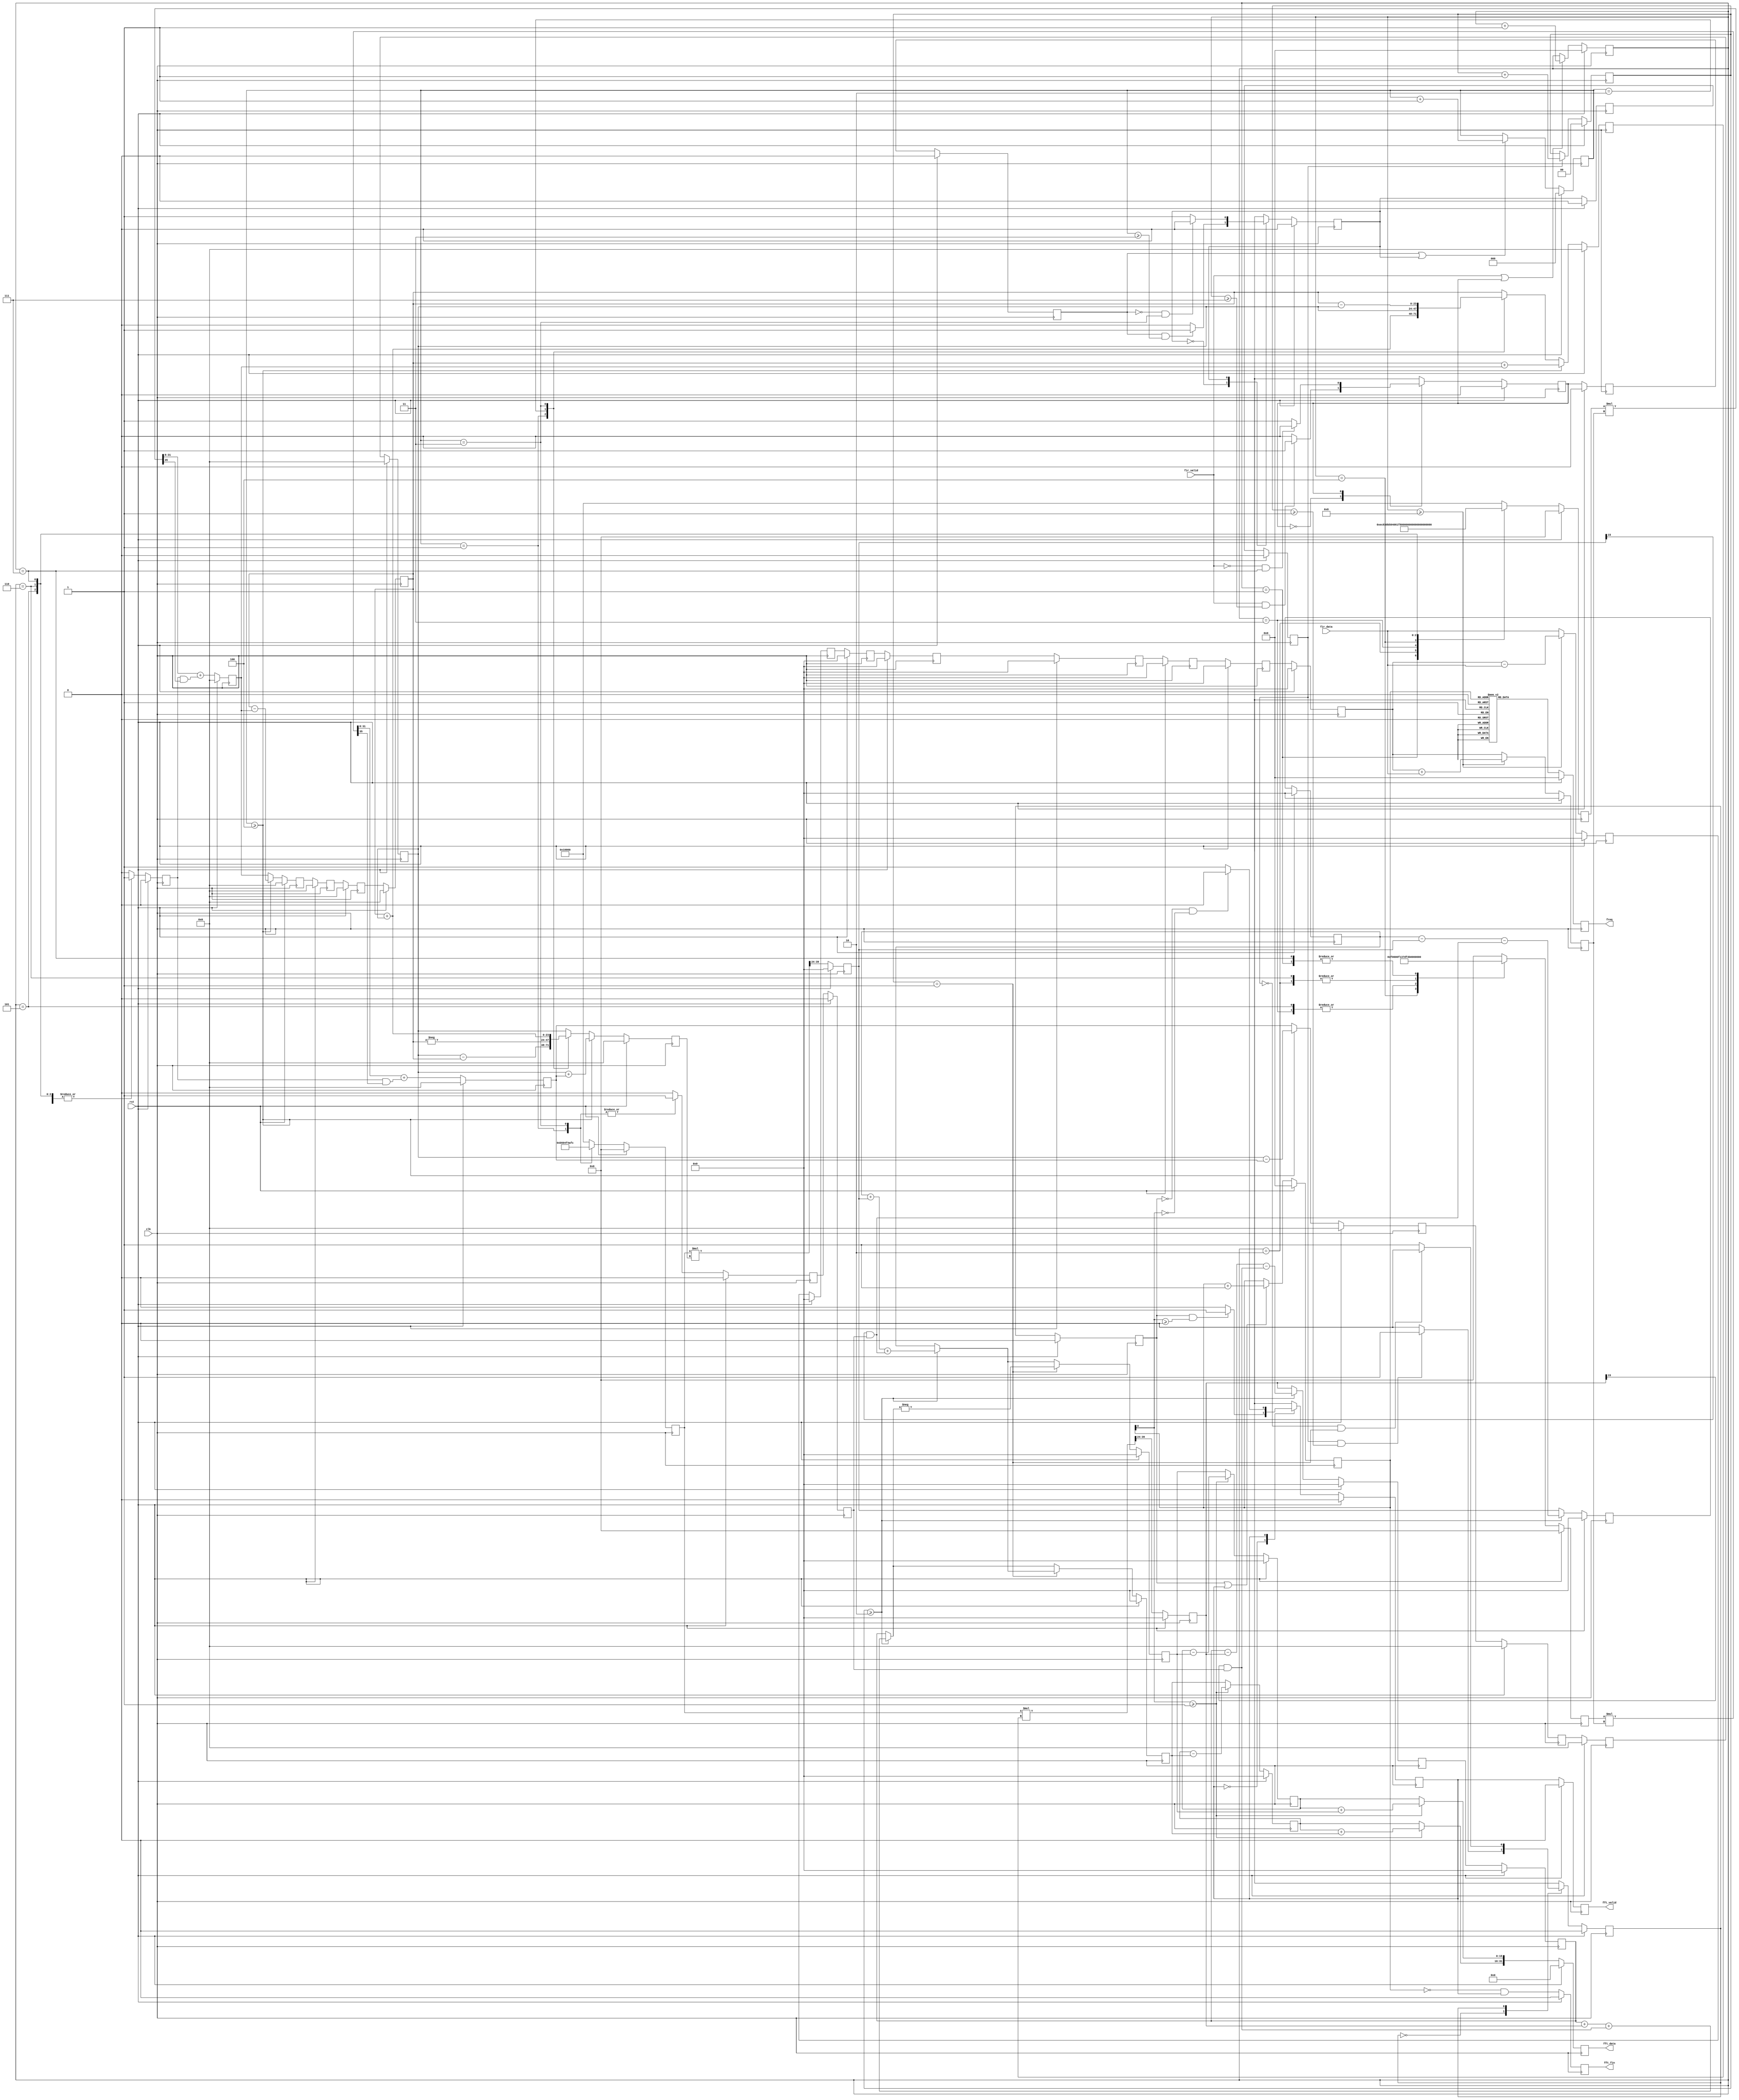
module fft(clk,rst,fir_data,fir_valid,fft_data,fft_valid,freq,fft_fin);
input clk;
input rst;
input fir_valid;
input [15:0] fir_data;
output reg fft_valid,fft_fin;
output reg [31:0] fft_data;
output reg [3:0] freq;
integer i;
//const define
parameter signed w0_r = 20'h10000, w0_i = 20'h00000;
parameter signed w1_r = 20'h0EC83, w1_i = 20'hF9E09;
parameter signed w2_r = 20'h0B504, w2_i = 20'hF4AFC;
parameter signed w3_r = 20'h061F7, w3_i = 20'hF137D;
parameter signed w4_r = 20'h00000, w4_i = 20'hF0000;
parameter signed w5_r = 20'hF9E09, w5_i = 20'hF137D;
parameter signed w6_r = 20'hF4AFC, w6_i = 20'hF4AFC;
parameter signed w7_r = 20'hF137D, w7_i = 20'hF9E09;
//
reg [ 3:0] count_st1;
reg      fft1_state;
reg      fft1_state_n;
reg [ 2:0] count_st2;
reg      fft2_state;
reg      fft2_state_n;
reg [ 1:0] count_st3;
reg      fft3_state;
reg      fft3_state_n;
reg [ 3:0]  count_st4;
reg      fft4_state;
reg      fft4_state_n;
reg [15:0] fft_fifo1 [7:0];
reg [23:0] fft_fifo2_r [3:0];
reg [23:0] fft_fifo2_i [3:0];
reg [15:0] fft_fifo3_r [1:0];
reg [15:0] fft_fifo3_i [1:0];
reg [15:0] fft_fifo4_r ;
reg [15:0] fft_fifo4_i ;
//coeff reg
reg signed [19:0] fft_st1_coeff_r_r;
reg signed [19:0] fft_st1_coeff_i_r;
reg rounds1_r;
reg rounds1;
reg signed [19:0] fft_st2_coeff_r_r;
//reg signed [19:0] fft_st2_coeff_i_r;
reg rounds2_r2;
reg rounds2_r;
reg rounds2;
//stagr reg
reg signed [15:0] fft_st1_out_r;
reg               fft_st1_sel_r;
reg signed [19:0] fft_st1_coeff_r;
reg signed [19:0] fft_st1_coeff_i;
reg signed [23:0] fft_st1_mr_r;
reg signed [23:0] fft_st1_mi_r;
reg               fft_st1_sel_r2;
reg               fft_st2_en_r;
reg               fft_st2_en_r2;
reg signed [19:0] fft_st2_coeff_r;
reg signed [19:0] fft_st2_coeff_i;
reg signed [23:0] fft_st2_outr_r;
reg signed [23:0] fft_st2_outi_r;
reg signed [15:0] fft_st2_mr_r;
reg signed [15:0] fft_st2_mi_r;
reg               fft_st3_en_r;
reg               fft_st3_en_r2;
reg signed [15:0] fft_st3_outr_r;
reg signed [15:0] fft_st3_outi_r;
reg               fft_st4_en_r;
reg signed [15:0] fft_st4_outr_r;
reg signed [15:0] fft_st4_outi_r;
//
wire       fft_st1_sel = (count_st1>=4'd8);
wire[15:0] fft_fifo1_out = fft_fifo1[7]; 
wire[15:0] fft_st1_add = fft_fifo1_out+fir_data;  
wire[15:0] fft_st1_sub = fft_fifo1_out-fir_data;  
wire[15:0] fft_fifo1_in = (fft_st1_sel==1'b0)?fir_data:fft_st1_sub; 
wire[15:0] fft_st1_out  = (fft_st1_sel==1'b0)?fft_fifo1_out:fft_st1_add; 
wire signed [35:0] fft_st1_mr = fft_st1_coeff_r_r* fft_st1_out_r;
wire signed [35:0] fft_st1_mi = fft_st1_coeff_i_r* fft_st1_out_r;
////
wire       fft_st2_sel = (count_st2>=4'd4);
wire[23:0] fft_fifo2_r_out = fft_fifo2_r[3];
wire[23:0] fft_fifo2_i_out = fft_fifo2_i[3];
wire[23:0] fft_st2_r_add = fft_fifo2_r_out+fft_st1_mr_r;  
wire[23:0] fft_st2_i_add = fft_fifo2_i_out+fft_st1_mi_r;
wire[23:0] fft_st2_r_sub = fft_fifo2_r_out-fft_st1_mr_r; 
wire[23:0] fft_st2_i_sub = fft_fifo2_i_out-fft_st1_mi_r; 
wire[23:0] fft_fifo2_r_in = (fft_st2_sel==1'b0)?fft_st1_mr_r:fft_st2_r_sub;
wire[23:0] fft_fifo2_i_in = (fft_st2_sel==1'b0)?fft_st1_mi_r:fft_st2_i_sub;
reg [23:0] fft_fifo2_add ;
reg [23:0] fft_fifo2_sub ;
wire[23:0] fft_st2_r_out  = (fft_st2_sel==1'b0)?fft_fifo2_add:fft_st2_r_add;
wire[23:0] fft_st2_i_out  = (fft_st2_sel==1'b0)?fft_fifo2_sub:fft_st2_i_add;
wire signed [43:0] fft_st2_mr = fft_st2_coeff_r_r* fft_st2_outr_r;
wire signed [43:0] fft_st2_mi = fft_st2_coeff_r_r* fft_st2_outi_r;
////
wire       fft_st3_sel = (count_st3>=4'd2);
wire[15:0] fft_fifo3_r_out = fft_fifo3_r[1];
wire[15:0] fft_fifo3_i_out = fft_fifo3_i[1];
wire       rounds2r_r3 =fft_st2_mr_r[15]&rounds2_r2;
wire       rounds2i_r3 =fft_st2_mi_r[15]&rounds2_r2;
wire[15:0] fft_st3_r_add = fft_fifo3_r_out+fft_st2_mr_r+rounds2r_r3;  
wire[15:0] fft_st3_i_add = fft_fifo3_i_out+fft_st2_mi_r+rounds2i_r3;
wire[15:0] fft_st3_r_sub = fft_fifo3_r_out-fft_st2_mr_r-rounds2r_r3; 
wire[15:0] fft_st3_i_sub = fft_fifo3_i_out-fft_st2_mi_r-rounds2i_r3; 
wire[15:0] fft_fifo3_r_in = (fft_st3_sel==1'b0)?fft_st2_mr_r:fft_st3_r_sub;
wire[15:0] fft_fifo3_i_in = (fft_st3_sel==1'b0)?fft_st2_mi_r:fft_st3_i_sub;
wire[15:0] fft_st3_r_out  = (fft_st3_sel==1'b0)?fft_fifo3_r_out:fft_st3_r_add;
wire[15:0] fft_st3_i_out  = (fft_st3_sel==1'b0)?fft_fifo3_i_out:fft_st3_i_add;
wire[15:0] fft_st3_r_out2 = (count_st3==2'd1)? fft_st3_i_out:fft_st3_r_out;
wire[15:0] fft_st3_i_out2 = (count_st3==2'd1)? -fft_st3_r_out:fft_st3_i_out;
//
wire       fft_st4_sel = (count_st4[0]>=1'd1);
wire[15:0] fft_fifo4_r_out = fft_fifo4_r;
wire[15:0] fft_fifo4_i_out = fft_fifo4_i;
wire[15:0] fft_st4_r_add = fft_fifo4_r_out+fft_st3_outr_r;  
wire[15:0] fft_st4_i_add = fft_fifo4_i_out+fft_st3_outi_r;
wire[15:0] fft_st4_r_sub = fft_fifo4_r_out-fft_st3_outr_r; 
wire[15:0] fft_st4_i_sub = fft_fifo4_i_out-fft_st3_outi_r; 
wire[15:0] fft_fifo4_r_in = (fft_st4_sel==1'b0)?fft_st3_outr_r:fft_st4_r_sub;
wire[15:0] fft_fifo4_i_in = (fft_st4_sel==1'b0)?fft_st3_outi_r:fft_st4_i_sub;
wire[15:0] fft_st4_r_out  = (fft_st4_sel==1'b0)?fft_fifo4_r_out:fft_st4_r_add;
wire[15:0] fft_st4_i_out  = (fft_st4_sel==1'b0)?fft_fifo4_i_out:fft_st4_i_add;
//output
reg [3:0] freq_o;
always@(posedge clk)
  if(rst)begin
    fft_data <=0;
    fft_valid<=0;
    freq<=0;
    fft_fin<=0;
  end
  else begin
   fft_data <= {fft_st4_r_out,fft_st4_i_out};
   fft_valid<= fft4_state;
   freq     <= freq_o;
   fft_fin  <= (count_st4==4'd0&fft4_state);
  end 
always@(*)
  case(count_st4)
  4'd1: freq_o = 4'd0;
  4'd2: freq_o = 4'd8;
  4'd3: freq_o = 4'd4;
  4'd4: freq_o = 4'd12;
  4'd5: freq_o = 4'd2;
  4'd6: freq_o = 4'd10;
  4'd7: freq_o = 4'd6;
  4'd8: freq_o = 4'd14;
  4'd9: freq_o = 4'd1;
  4'd10: freq_o = 4'd9;
  4'd11: freq_o = 4'd5;
  4'd12: freq_o = 4'd13;
  4'd13: freq_o = 4'd3;
  4'd14: freq_o = 4'd11;
  4'd15: freq_o = 4'd7;
  4'd0: freq_o = 4'd15;
  endcase
//FFT stage4
always@(*)
  case(fft4_state)
  1'b0: if(fft_st4_en_r==1'b1 & count_st4[0]>=1'd0) fft4_state_n=1'b1; else fft4_state_n=1'b0;
  1'b1: if(fft_st4_en_r==1'b0 & count_st4[0]==1'd0) fft4_state_n=1'b0; else fft4_state_n=1'b1;
  endcase
always@(posedge clk)
  if(rst) fft4_state <=  0;
  else    fft4_state <=  fft4_state_n;
//counter
always@(posedge clk)
  if(rst)                count_st4 <=0;
  else if(fft_st4_en_r||fft4_state) count_st4 <= count_st4+4'd1;
// shift reg 
always@(posedge clk)
  if(rst) begin
    fft_fifo4_r<=0;
    fft_fifo4_i<=0;
  end
  else begin 
    fft_fifo4_r<=fft_fifo4_r_in;
    fft_fifo4_i<=fft_fifo4_i_in;
  end

//FFT stage3
always@(*)
  case(fft3_state)
  1'b0: if(fft_st3_en_r2==1'b1 & count_st3>=4'd1) fft3_state_n=1'b1; else fft3_state_n=1'b0;
  1'b1: if(fft_st3_en_r2==1'b0 & count_st3==4'd1) fft3_state_n=1'b0; else fft3_state_n=1'b1;
  endcase
always@(posedge clk)
  if(rst) fft3_state <=  0;
  else    fft3_state <=  fft3_state_n;
//counter
always@(posedge clk)begin 
  if(rst) begin
    count_st3 <=0;
  end
  else if(fft_st3_en_r2) begin 
    count_st3 <= count_st3+2'd1;
  end 
end
// shift reg 
always@(posedge clk)begin 
  if(rst) begin
     for(i=0;i<=1;i=i+1)begin
       fft_fifo3_r[i]<=0;
       fft_fifo3_i[i]<=0;
     end
  end
  else begin 
    fft_fifo3_r[0]<=fft_fifo3_r_in;
    fft_fifo3_i[0]<=fft_fifo3_i_in;
    for(i=1;i<=1;i=i+1)begin
      fft_fifo3_r[i]<=fft_fifo3_r[i-1]; 
      fft_fifo3_i[i]<=fft_fifo3_i[i-1];
    end
  end 
end

always@(posedge clk)begin 
  if(rst) begin
   fft_st3_outr_r<=0;
   fft_st3_outi_r<=0;
    fft_st4_en_r  <=0;
   // fft_st4_en_r2 <=0;    
  end
  else begin 
   fft_st3_outr_r<=fft_st3_r_out2;
   fft_st3_outi_r<=fft_st3_i_out2;
    fft_st4_en_r  <=fft3_state;
    //fft_st4_en_r2 <=fft_st4_en_r;
 end 
end

//FFtstage2
always@(posedge clk)begin
  if(rst)begin
    fft_st2_coeff_r_r<=0;
//    fft_st2_coeff_i_r<=0;
    rounds2_r<=0;
  end
  else begin
    fft_st2_coeff_r_r<= fft_st2_coeff_r;
//    fft_st2_coeff_i_r<= fft_st2_coeff_i;
    rounds2_r<=rounds2;
  end
end
//
always@(*)
  case(fft2_state)
  1'b0: if(fft_st2_en_r2==1'b1 & count_st2>=4'd3) fft2_state_n=1'b1; else fft2_state_n=1'b0;
  1'b1: if(fft_st2_en_r2==1'b0 & count_st2==4'd3) fft2_state_n=1'b0; else fft2_state_n=1'b1;
  endcase

always@(posedge clk)
  if(rst) fft2_state <=  0;
  else    fft2_state <=  fft2_state_n;
////counter
always@(posedge clk)begin 
  if(rst) begin
    count_st2 <=0;
  end
  else if(fft_st2_en_r2||fft2_state) begin 
    count_st2 <= count_st2+3'd1;
  end 
end
// shift reg 
always@(posedge clk)begin 
  if(rst) begin
     for(i=0;i<=3;i=i+1)begin
       fft_fifo2_r[i]<=0;
       fft_fifo2_i[i]<=0;
     end
  end
  else begin 
    fft_fifo2_r[0]<=fft_fifo2_r_in;
    fft_fifo2_i[0]<=fft_fifo2_i_in;
    for(i=1;i<=3;i=i+1)begin
      fft_fifo2_r[i]<=fft_fifo2_r[i-1]; 
      fft_fifo2_i[i]<=fft_fifo2_i[i-1];
    end
  end 
end
always@(posedge clk)begin 
  if(rst) begin
   fft_st2_outr_r<=0;
   fft_st2_outi_r<=0;
    fft_st2_mr_r  <= 0;
    fft_st2_mi_r  <= 0;
    fft_st3_en_r  <=0;
    fft_st3_en_r2 <=0;
    rounds2_r2    <=0;    
  end
  else begin 
   fft_st2_outr_r<=fft_st2_r_out;
   fft_st2_outi_r<=fft_st2_i_out;
    fft_st2_mr_r  <= fft_st2_mr[39:24];
    fft_st2_mi_r  <= fft_st2_mi[39:24];
    fft_st3_en_r  <=fft2_state;
    fft_st3_en_r2 <=fft_st3_en_r;
    rounds2_r2    <=rounds2_r;
 end 
end

always@(*)begin
  rounds2 =1'b0;	
  case(count_st2)
  3'd1: begin fft_st2_coeff_r = w2_r;   rounds2 =1'b1; fft_fifo2_add = fft_fifo2_r_out+fft_fifo2_i_out;  fft_fifo2_sub = fft_fifo2_i_out-fft_fifo2_r_out; end
  3'd2: begin fft_st2_coeff_r = w0_r;   fft_fifo2_add = fft_fifo2_i_out;  fft_fifo2_sub = -fft_fifo2_r_out; end
  3'd3: begin fft_st2_coeff_r = w6_r;   rounds2 =1'b1; fft_fifo2_add = fft_fifo2_r_out-fft_fifo2_i_out;  fft_fifo2_sub = fft_fifo2_i_out+fft_fifo2_r_out;end
  default:  begin fft_st2_coeff_r = w0_r;  fft_fifo2_add = fft_fifo2_r_out;  fft_fifo2_sub = fft_fifo2_i_out;  end
  endcase
end

//FFt1stage
always@(posedge clk)begin
  if(rst)begin
    fft_st1_coeff_r_r<=0;
    fft_st1_coeff_i_r<=0;
    rounds1_r<=0;
  end
  else begin
    fft_st1_coeff_r_r<= fft_st1_coeff_r;
    fft_st1_coeff_i_r<= fft_st1_coeff_i;
    rounds1_r<=rounds1;
  end
end
always@(*)
  case(fft1_state)
  1'b0: if(fir_valid==1'b1 & count_st1>=4'd7) fft1_state_n=1'b1; else fft1_state_n=1'b0;
  1'b1: if(fir_valid==1'b0 & count_st1==4'd7) fft1_state_n=1'b0; else fft1_state_n=1'b1;
  endcase

always@(posedge clk)
  if(rst) fft1_state <=  0;
  else    fft1_state <=  fft1_state_n;
// count reg 
always@(posedge clk)begin 
  if(rst) begin
    count_st1 <=0;
  end
  else if(fir_valid||fft1_state) begin 
    count_st1 <= count_st1+4'd1;
  end 
end

// shift reg 
always@(posedge clk)begin 
  if(rst) begin
    for(i=0;i<=7;i=i+1)
	  fft_fifo1[i]<=0;
  end
  else begin 
    fft_fifo1[0]<=fft_fifo1_in;
    for(i=1;i<=7;i=i+1)
	  fft_fifo1[i]<=fft_fifo1[i-1];
  end 
end

always@(posedge clk)begin 
  if(rst) begin
    fft_st1_out_r <=0;
    fft_st1_mr_r  <=0;
    fft_st1_mi_r  <=0;
    fft_st2_en_r  <=0;
    fft_st2_en_r2 <=0;
  end
  else begin 
    fft_st1_out_r <= fft_st1_out;
    fft_st1_mr_r  <= fft_st1_mr[31:8]+(rounds1_r&fft_st1_mr[35]);
    fft_st1_mi_r  <= fft_st1_mi[31:8]+(rounds1_r&fft_st1_mi[35]);
    fft_st2_en_r  <= fft1_state;
    fft_st2_en_r2 <= fft_st2_en_r;
  end 
end

always@(*)begin
  rounds1=1'b0;	
  case(count_st1)
  4'd1:  begin fft_st1_coeff_r = w1_r;  fft_st1_coeff_i = w1_i; rounds1=1'b1; end
  4'd2: begin fft_st1_coeff_r = w2_r;  fft_st1_coeff_i = w2_i;rounds1=1'b1; end
  4'd3: begin fft_st1_coeff_r = w3_r;  fft_st1_coeff_i = w3_i;rounds1=1'b1; end
  4'd4: begin fft_st1_coeff_r = w4_r;  fft_st1_coeff_i = w4_i; end
  4'd5: begin fft_st1_coeff_r = w5_r;  fft_st1_coeff_i = w5_i;rounds1=1'b1; end
  4'd6: begin fft_st1_coeff_r = w6_r;  fft_st1_coeff_i = w6_i;rounds1=1'b1; end
  4'd7: begin fft_st1_coeff_r = w7_r;  fft_st1_coeff_i = w7_i;rounds1=1'b1; end
  default:  begin fft_st1_coeff_r = w0_r;  fft_st1_coeff_i = w0_i; end
  endcase
end

endmodule